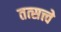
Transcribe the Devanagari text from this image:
तत्सत्त्वे